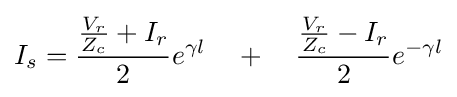
I_{s}={\frac {{\frac {V_{r}}{Z_{c}}}+I_{r}}{2}}e^{\gamma l}\quad +\quad {\frac {{\frac {V_{r}}{Z_{c}}}-I_{r}}{2}}e^{-\gamma l}